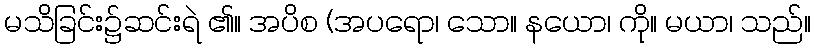
မသိခြင်း၌ဆင်းရဲ ၏။ အပိစ (အပရော၊ သော။ နယော၊ ကို။ မယာ၊ သည်။